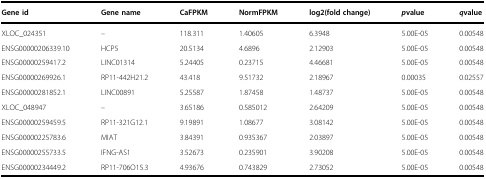
<table><thead><tr><td><b>Gene id</b></td><td><b>Gene name</b></td><td><b>CaFPKM</b></td><td><b>NormFPKM</b></td><td><b>log2(fold change)</b></td><td><b><i>p</i>value</b></td><td><b><i>q</i>value</b></td></tr></thead><tbody><tr><td>XLOC_024351</td><td>–</td><td>118.311</td><td>1.40605</td><td>6.3948</td><td>5.00E-05</td><td>0.00548</td></tr><tr><td>ENSG00000206339.10</td><td>HCP5</td><td>20.5134</td><td>4.6896</td><td>2.12903</td><td>5.00E-05</td><td>0.00548</td></tr><tr><td>ENSG00000259417.2</td><td>LINC01314</td><td>5.24405</td><td>0.23715</td><td>4.46681</td><td>5.00E-05</td><td>0.00548</td></tr><tr><td>ENSG00000269926.1</td><td>RP11-442H21.2</td><td>43.418</td><td>9.51732</td><td>2.18967</td><td>0.00035</td><td>0.02557</td></tr><tr><td>ENSG00000281852.1</td><td>LINC00891</td><td>5.25587</td><td>1.87458</td><td>1.48737</td><td>5.00E-05</td><td>0.00548</td></tr><tr><td>XLOC_048947</td><td>–</td><td>3.65186</td><td>0.585012</td><td>2.64209</td><td>5.00E-05</td><td>0.00548</td></tr><tr><td>ENSG00000259459.5</td><td>RP11-321G12.1</td><td>9.19891</td><td>1.08677</td><td>3.08142</td><td>5.00E-05</td><td>0.00548</td></tr><tr><td>ENSG00000225783.6</td><td>MIAT</td><td>3.84391</td><td>0.935367</td><td>2.03897</td><td>5.00E-05</td><td>0.00548</td></tr><tr><td>ENSG00000255733.5</td><td>IFNG-AS1</td><td>3.52673</td><td>0.235901</td><td>3.90208</td><td>5.00E-05</td><td>0.00548</td></tr><tr><td>ENSG00000234449.2</td><td>RP11-706O15.3</td><td>4.93676</td><td>0.743829</td><td>2.73052</td><td>5.00E-05</td><td>0.00548</td></tr></tbody></table>